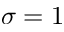
\sigma = 1